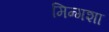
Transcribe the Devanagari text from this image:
मिन्गशा